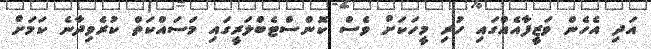
އަދި އެހެން ވަޒީފާއެއްގައި ހުރި މީހަކަށް ވެސް ކޮންސްޓެބްލަރީގައި މަސައްކަތް ކުރެވިދާނެ ކަމަށް